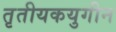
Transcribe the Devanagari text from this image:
तृतीयकयुगीन